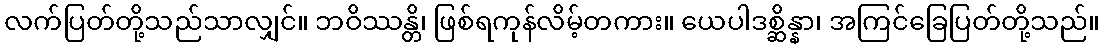
လက်ပြတ်တို့သည်သာလျှင်။ ဘဝိဿန္တိ၊ ဖြစ်ရကုန်လိမ့်တကား။ ယေပါဒစ္ဆိန္နာ၊ အကြင်ခြေပြတ်တို့သည်။